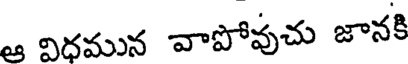
ఆ విధమున వాపోవుచు జానకి